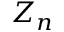
Z _ { n }